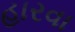
હારવા